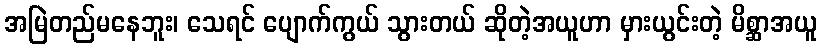
အမြဲတည်မနေဘူး၊ သေရင် ပျောက်ကွယ် သွားတယ် ဆိုတဲ့အယူဟာ မှားယွင်းတဲ့ မိစ္ဆာအယူ